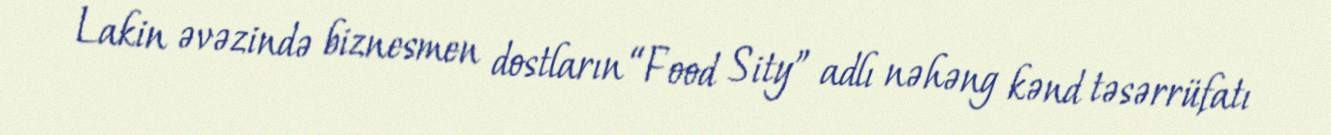
Lakin əvəzində biznesmen dostların “Food Sity” adlı nəhəng kənd təsərrüfatı